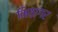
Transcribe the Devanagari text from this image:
मिठागर